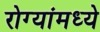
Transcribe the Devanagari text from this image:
रोग्यांमध्ये